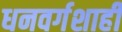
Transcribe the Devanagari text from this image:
धनवर्गशाही